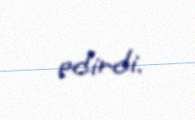
edirdi.